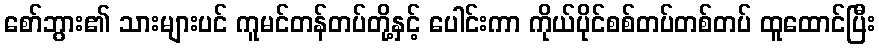
စော်ဘွား၏ သားများပင် ကူမင်တန်တပ်တို့နှင့် ပေါင်းကာ ကိုယ်ပိုင်စစ်တပ်တစ်တပ် ထူထောင်ပြီး